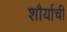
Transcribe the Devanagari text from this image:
शौर्याचीं